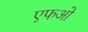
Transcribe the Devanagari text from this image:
एफओ